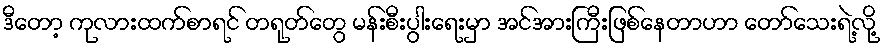
ဒီတော့ ကုလားထက်စာရင် တရုတ်တွေ မန်းစီးပွါးရေးမှာ အင်အားကြီးဖြစ်နေတာဟာ တော်သေးရဲ့လို့